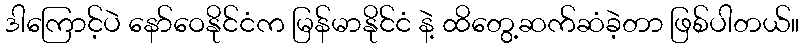
ဒါကြောင့်ပဲ နော်ဝေနိုင်ငံက မြန်မာနိုင်ငံ နဲ့ ထိတွေ့ဆက်ဆံခဲ့တာ ဖြစ်ပါတယ်။